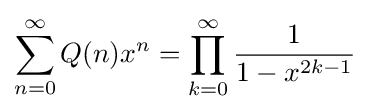
\sum _{n=0}^{\infty }Q(n)x^{n}=\prod _{k=0}^{\infty }{\frac {1}{1-x^{2k-1}}}